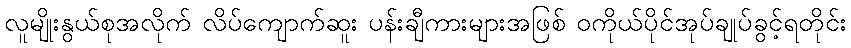
လူမျိုးနွယ်စုအလိုက် လိပ်ကျောက်ဆူး ပန်းချီကားများအဖြစ် ဝကိုယ်ပိုင်အုပ်ချုပ်ခွင့်ရတိုင်း